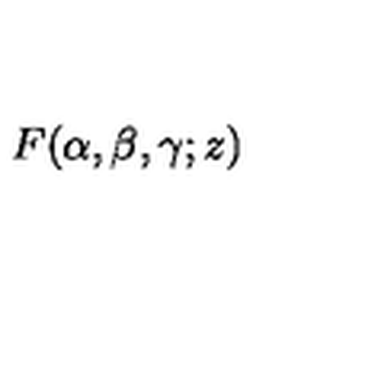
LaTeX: \: F ( \alpha , \beta , \gamma ; z ) \: